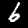
Label: 6